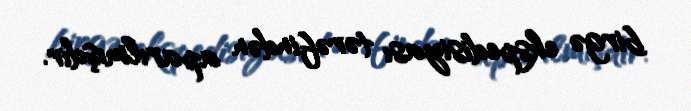
birgə ekspedisiyası tərəfindən aparılmışdır.